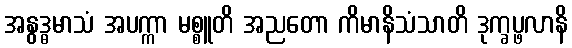
အနွဒ္ဓမာသံ အပက္ကာ မစ္စူတိ အညတော ကိမာနိသံသာတိ ဒုက္ခပ္ဖလာနိ